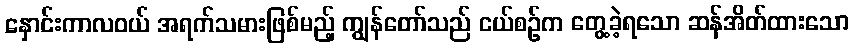
နှောင်းကာလဝယ် အရက်သမားဖြစ်မည့် ကျွန်တော်သည် ငယ်စဉ်က တွေ့ခဲ့ရသော ဆန်အိတ်ထားသော